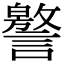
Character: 譥